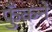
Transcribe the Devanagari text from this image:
फुँकने